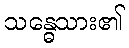
သန္ဓေသား၏